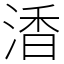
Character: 㴡